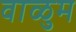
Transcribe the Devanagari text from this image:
वाळुम